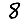
Digit: 8